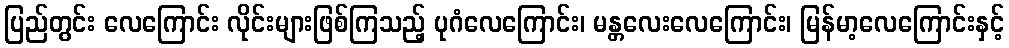
ပြည်တွင်း လေကြောင်း လိုင်းများဖြစ်ကြသည့် ပုဂံလေကြောင်း၊ မန္တလေးလေကြောင်း၊ မြန်မာ့လေကြောင်းနှင့်